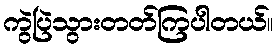
ကွဲပြဲသွားတတ်ကြပါတယ်။